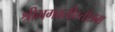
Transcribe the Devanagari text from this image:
श्रीभगवतीस्तोत्रम